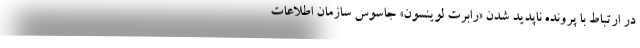
در ارتباط با پرونده ناپدید شدن «رابرت لوینسون» جاسوس سازمان اطلاعات